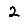
Digit: 2